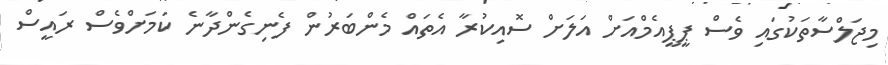
މިޖަލްސާތަކުގައި ވެސް ޕީޕީއެމްއަށް އަލަށް ސޮއިކުރާ އެތައް މެންބަރުން ފެނިގެންދާނެ ކަމަށްވެސް ރައީސް